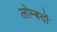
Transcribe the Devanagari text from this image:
लोम्बर्दो